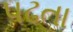
પઢતા